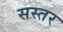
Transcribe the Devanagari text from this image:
सस्तर